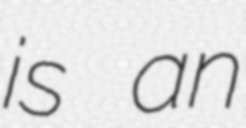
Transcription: is an